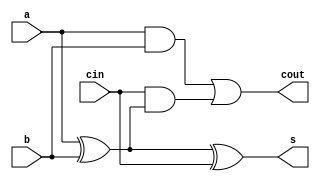
module fulladder(a,b,cin,s,cout);
input a,b,cin;
output s,cout;
wire out_xor1,out_and1,out_and2;
xor (out_xor1,a,b),(s,out_xor1,cin);
and (out_and1,a,b);
and (out_and2,cin,out_xor1);
or (cout,out_and1,out_and2);
endmodule